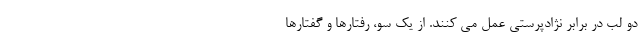
دو لب در برابر نژادپرستی عمل می کنند. از یک سو، رفتارها و گفتارها